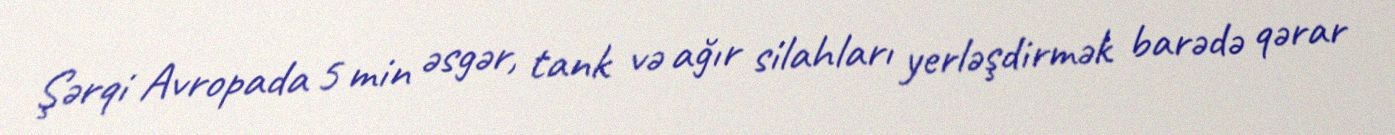
Şərqi Avropada 5 min əsgər, tank və ağır silahları yerləşdirmək barədə qərar